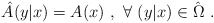
\begin{align*}\hat{A}(y|x) = A(x) \ , \ \forall \ (y|x) \in \hat{\Omega} \ .\end{align*}